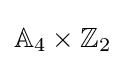
\mathbb {A} _{4}\times \mathbb {Z} _{2}